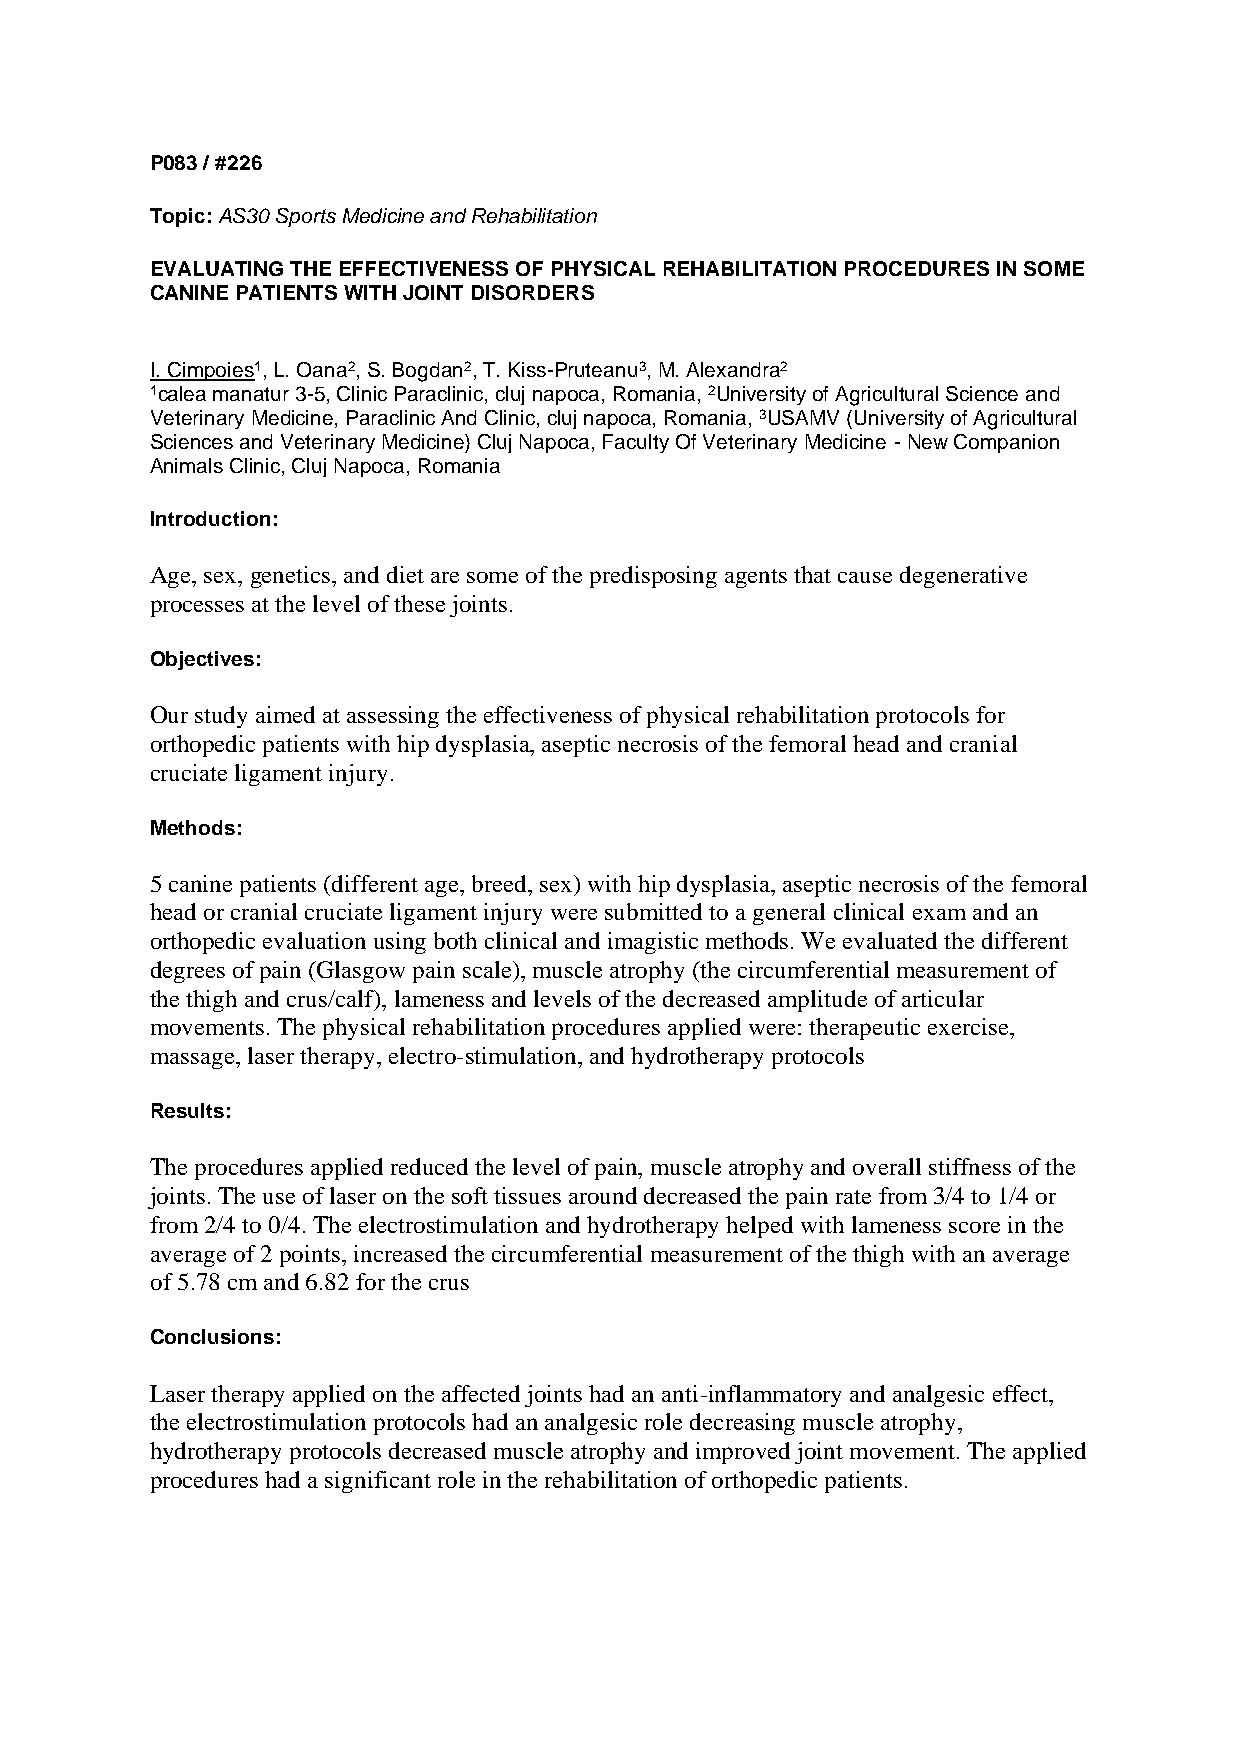
P083 / #226
 Topic: AS30 Sports Medicine and Rehabilitation
 EVALUATING THE EFFECTIVENESS OF PHYSICAL REHABILITATION PROCEDURES IN SOME
 CANINE PATIENTS WITH JOINT DISORDERS
 I. Cimpoies1, L. Oana2, S. Bogdan2, T. Kiss-Pruteanu3, M. Alexandra2
 1calea manatur 3-5, Clinic Paraclinic, cluj napoca, Romania, 2University of Agricultural Science and
 Veterinary Medicine, Paraclinic And Clinic, cluj napoca, Romania, 3USAMV (University of Agricultural
 Sciences and Veterinary Medicine) Cluj Napoca, Faculty Of Veterinary Medicine - New Companion
 Animals Clinic, Cluj Napoca, Romania
 Introduction:
 Age, sex, genetics, and diet are some of the predisposing agents that cause degenerative
 processes at the level of these joints.
 Objectives:
 Our study aimed at assessing the effectiveness of physical rehabilitation protocols for
 orthopedic patients with hip dysplasia, aseptic necrosis of the femoral head and cranial
 cruciate ligament injury.
 Methods:
 5 canine patients (different age, breed, sex) with hip dysplasia, aseptic necrosis of the femoral
 head or cranial cruciate ligament injury were submitted to a general clinical exam and an
 orthopedic evaluation using both clinical and imagistic methods. We evaluated the different
 degrees of pain (Glasgow pain scale), muscle atrophy (the circumferential measurement of
 the thigh and crus/calf), lameness and levels of the decreased amplitude of articular
 movements. The physical rehabilitation procedures applied were: therapeutic exercise,
 massage, laser therapy, electro-stimulation, and hydrotherapy protocols
 Results:
 The procedures applied reduced the level of pain, muscle atrophy and overall stiffness of the
 joints. The use of laser on the soft tissues around decreased the pain rate from 3/4 to 1/4 or
 from 2/4 to 0/4. The electrostimulation and hydrotherapy helped with lameness score in the
 average of 2 points, increased the circumferential measurement of the thigh with an average
 of 5.78 cm and 6.82 for the crus
 Conclusions:
 Laser therapy applied on the affected joints had an anti-inflammatory and analgesic effect,
 the electrostimulation protocols had an analgesic role decreasing muscle atrophy,
 hydrotherapy protocols decreased muscle atrophy and improved joint movement. The applied
 procedures had a significant role in the rehabilitation of orthopedic patients.